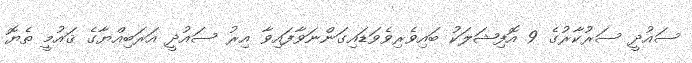
ސައުދީ ސަރުކާރުގެ 9 އޮފިޝަލަކު ބައިވެރިވެވަޑައިގަންނަވާފައިވާ އިރު ސައުދީ އަރަބިއްޔާގެ ޤައުމީ ތެޔޮ